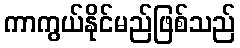
ကာကွယ်နိုင်မည်ဖြစ်သည်